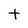
Character: t